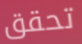
تحقق